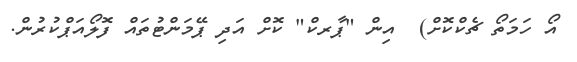
އޯ ހަމަތޯ ޗެކްކޮށް)  އިން "ޕާރކް" ކޮށް އަދި ޕޭމަންޓުތައް ފޮލޯއަޕްކުރުން.